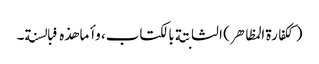
(ککفارة المظاهر) الثابتة بالکتاب، وأما هذه فبالسنة۔